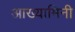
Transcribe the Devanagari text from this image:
आख्यामिनी